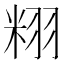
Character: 𮇝